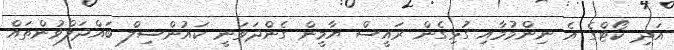
އަދި ކޯޓްގެ އެ ނިންމުމާއި ގުޅިގެން ރައީސް ޔާމީން ގެންދަަވަނީ ކައުންސިލް ބައްދަލްވުންތައް